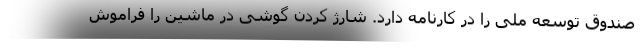
صندوق توسعه ملی را در کارنامه دارد. شارژ کردن گوشی در ماشین را فراموش